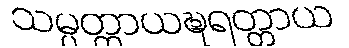
သမ္ပတ္တာယဍ္ဎရတ္တာယ